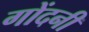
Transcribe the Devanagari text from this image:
गोंदनी